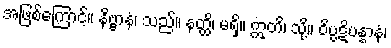
အဖြစ်ကြောင့်။ နိဗ္ဗာနံ၊ သည်။ နတ္ထိ၊ မရှိ။ ဣတိ၊ သို့။ ဝိပ္ပဋိပန္နာနံ၊